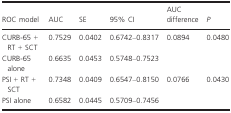
<table><thead><tr><td><b>ROC model</b></td><td><b>AUC</b></td><td><b>SE</b></td><td><b>95% CI</b></td><td><b>AUC difference</b></td><td><b><i>P</i></b></td></tr></thead><tbody><tr><td>CURB-65 + RT + SCT</td><td>0.7529</td><td>0.0402</td><td>0.6742–0.8317</td><td>0.0894</td><td>0.0480</td></tr><tr><td>CURB-65 alone</td><td>0.6635</td><td>0.0453</td><td>0.5748–0.7523</td><td></td><td></td></tr><tr><td>PSI + RT + SCT</td><td>0.7348</td><td>0.0409</td><td>0.6547–0.8150</td><td>0.0766</td><td>0.0430</td></tr><tr><td>PSI alone</td><td>0.6582</td><td>0.0445</td><td>0.5709–0.7456</td><td></td><td></td></tr></tbody></table>